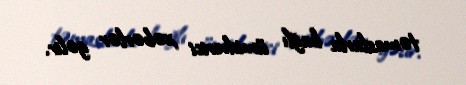
təmaslarla bağlı ümidverici xəbərlər gəlir.